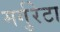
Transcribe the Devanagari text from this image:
मर्गुरेटा